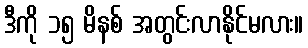
ဒီကို ၁၅ မိနစ် အတွင်းလာနိုင်မလား။